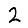
Digit: 2